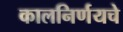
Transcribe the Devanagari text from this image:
कालनिर्णयचे